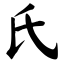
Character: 氏